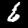
Label: 6